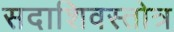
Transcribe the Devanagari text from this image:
सदाशिवस्तोत्र